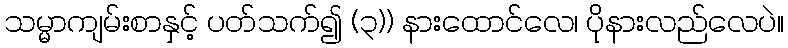
သမ္မာကျမ်းစာနှင့် ပတ်သက်၍ (၃)) နားထောင်လေ၊ ပိုနားလည်လေပဲ။